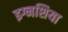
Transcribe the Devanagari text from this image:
इग्नशिया